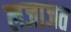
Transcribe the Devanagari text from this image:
लजाजत